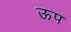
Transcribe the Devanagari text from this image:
ऊप